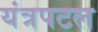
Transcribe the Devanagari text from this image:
यंत्रपटल